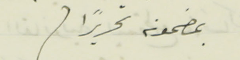
بمضمونه تحريرًا .